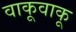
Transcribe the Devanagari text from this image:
वाकूवाकू